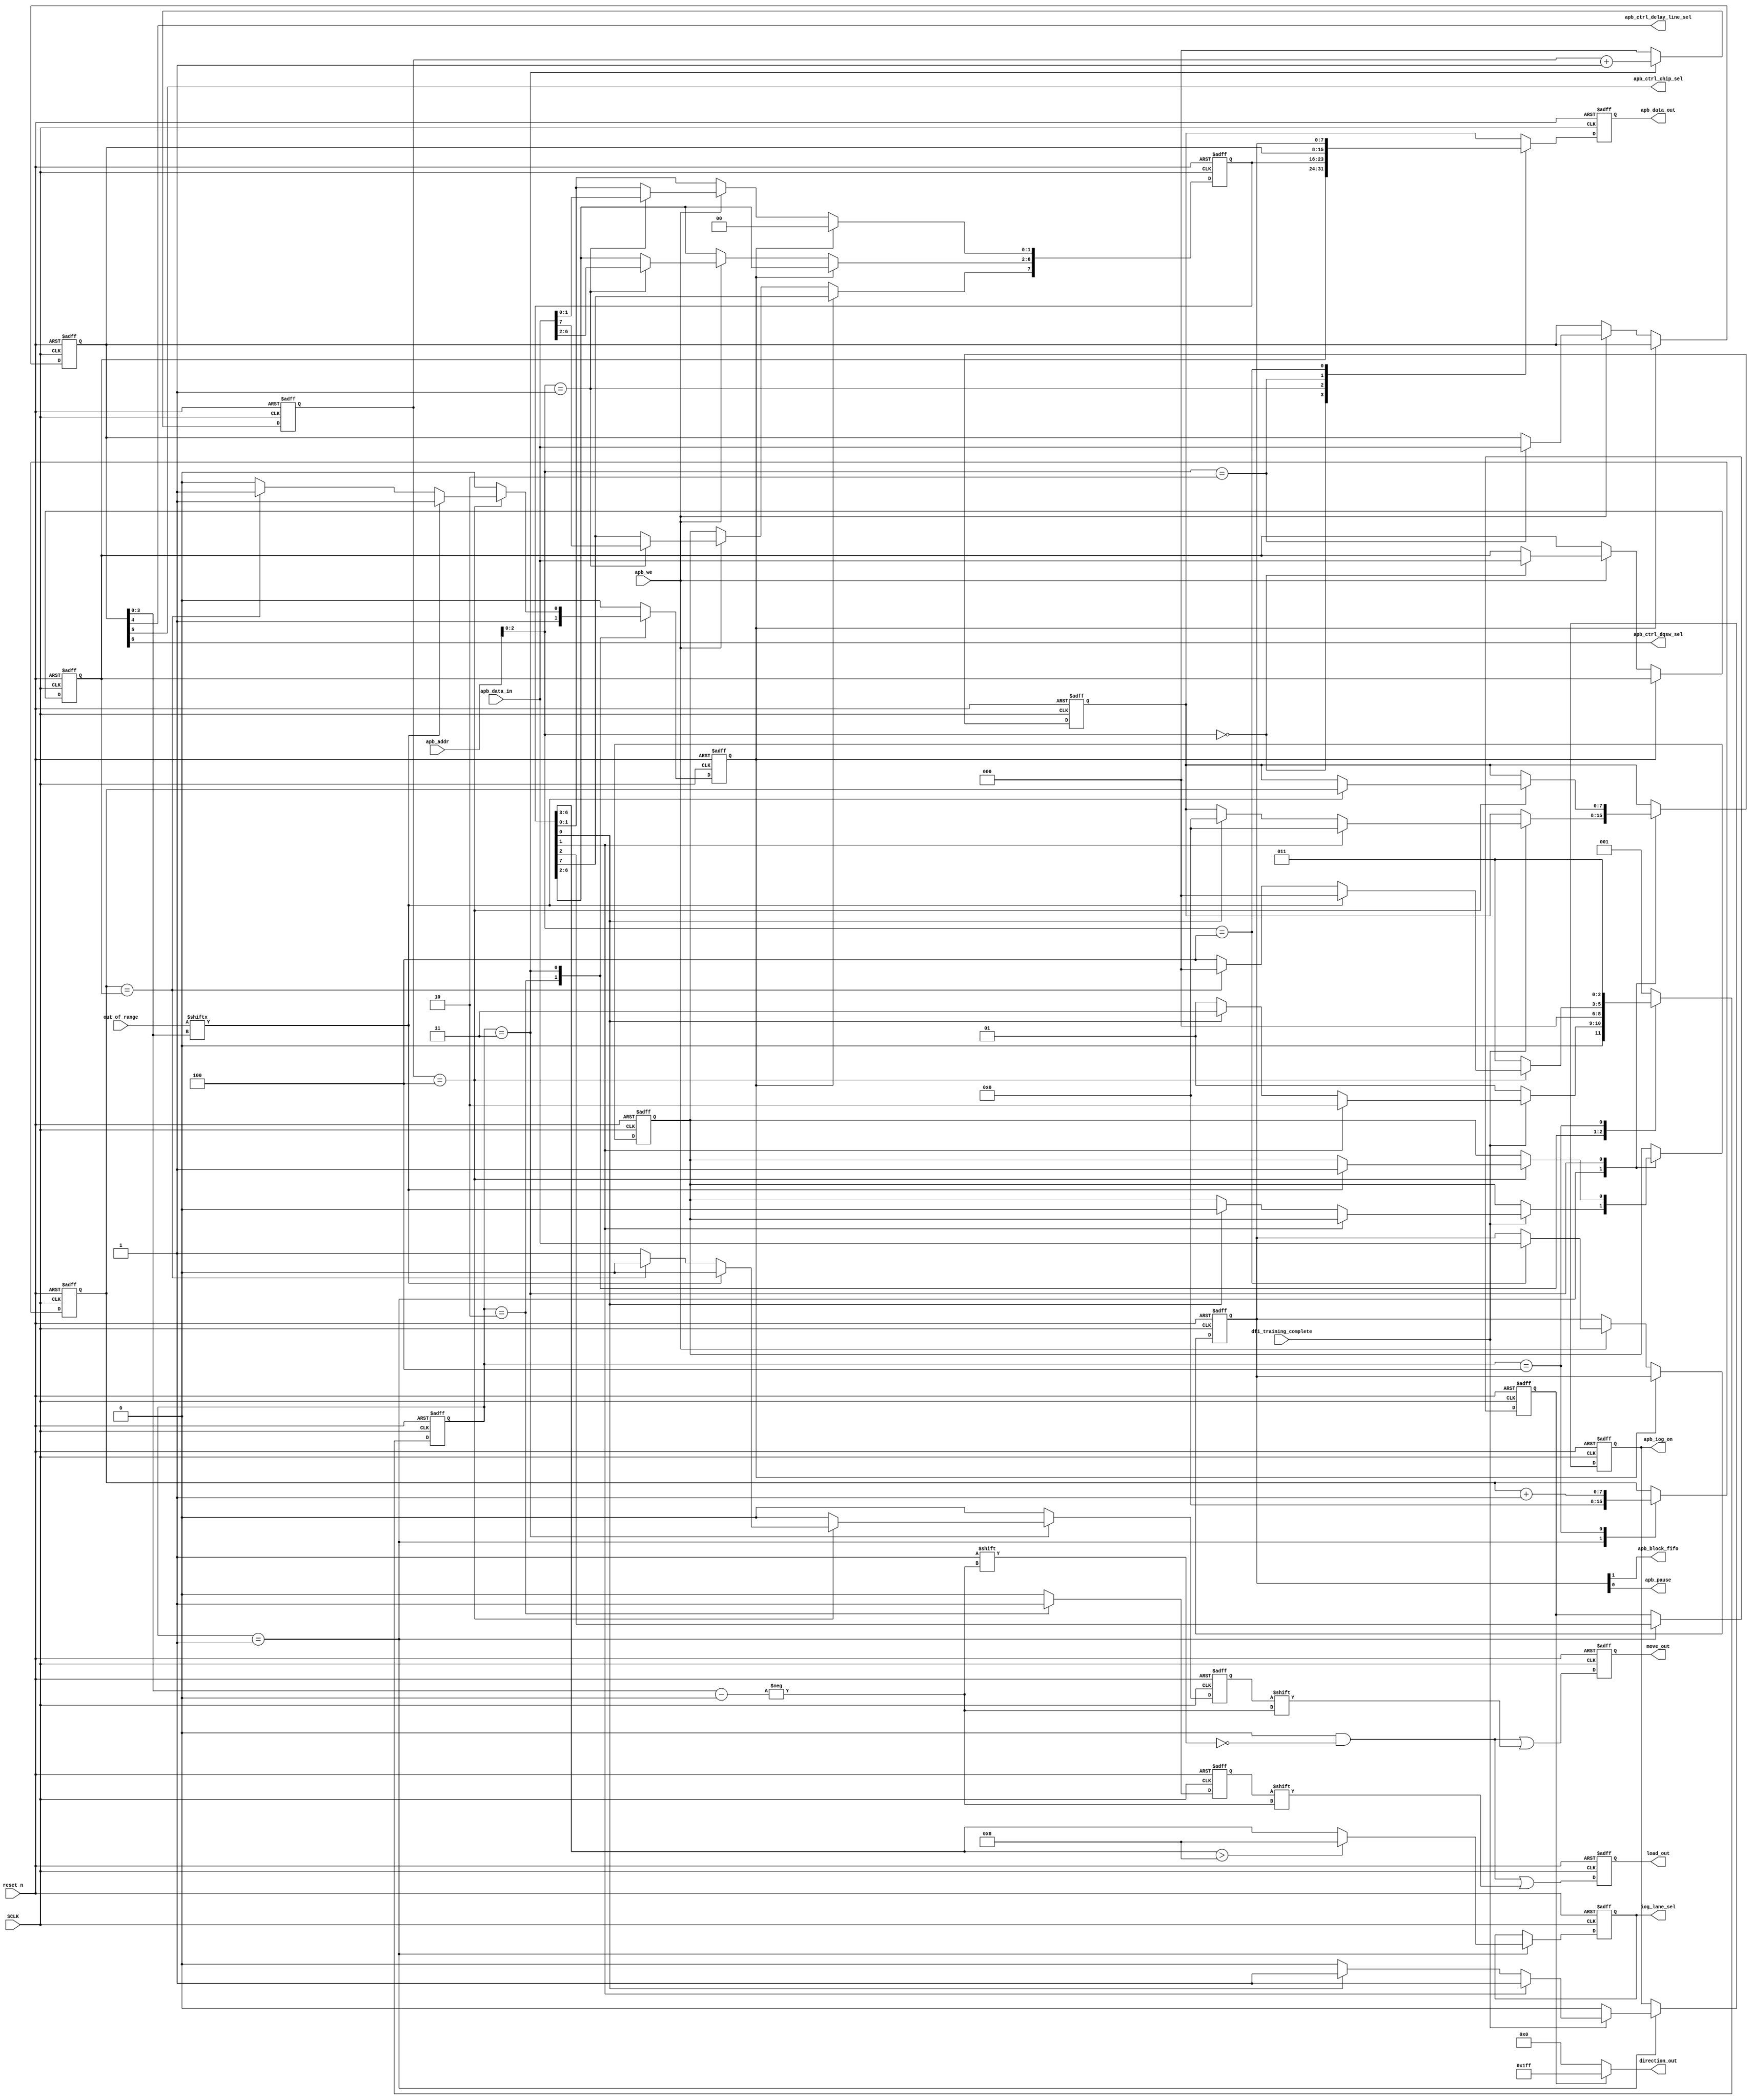
//--------------------------------------------------
//-- -----------------------------------------------------------------------------                                                                                                                                                                                        
//--    Crevinn Teoranta                                                                                                                                                                                 
//-- -----------------------------------------------------------------------------                                                                                                                                                                                        
//-- Author      : $Author stephenm                                    
//-- Date        : $Date: 2010-04-29 14:34:52 $                                                                                                                                                                                        
//-- Revision    : $Revision: 1.11 $                                                                                                                                                                                        
//-- Location    : $URL: $                                                                                                                                                                                        
//-- -----------------------------------------------------------------------------                                                                                                                                                                                        
//=======                                                  
//-- -----------------------------------------------------------------------------                                                                                                                                                                                         
//--    Crevinn Teoranta                                                                                                                                                                                  
//-- -----------------------------------------------------------------------------                                                                                                                                                                                         
//-- Author      : $Author:stephenm                                                              
//-- Date        : $Date: 2010-04-29 14:34:52 $                                                                                                                                                                                         
//-- Revision    : $Revision: 1.11 $                                                                                                                                                                                         
//-- Location    : $URL: $                                                                                                                                                                                         
//-- -----------------------------------------------------------------------------                                                                                                                                                                                         
//--------------------------------------------------


// AS: 5/10/17
//     TO-DO:
//     - Used line_select_reg between DQSW and DQSW270
//       => line_select_reg[6] : apb_ctrl_dqsw_sel (new signal)

 
module APB_IOG_CTRL_SM (
                        //  input ports
                        SCLK,
                        reset_n,
                        out_of_range,
                        apb_addr,
                        apb_we,
                        apb_data_in,
                        dfi_training_complete,
 
                        //  output ports
                        move_out,
                        direction_out,
                        load_out,
                        apb_data_out,
                        iog_lane_sel,
                        apb_iog_on,
                        apb_ctrl_delay_line_sel,
                        apb_ctrl_chip_sel,
                        apb_block_fifo,
                        apb_pause,
                        apb_ctrl_dqsw_sel
                        );
 
//  input ports
   input         SCLK;
   wire          SCLK;
   input         reset_n;
   wire          reset_n;
   input  [8:0]  out_of_range;
   wire   [8:0]  out_of_range;
   input  [15:0] apb_addr;
   wire   [15:0] apb_addr;
   input         apb_we;
   wire          apb_we;
   input  [7:0]  apb_data_in;
   wire   [7:0]  apb_data_in;
   input         dfi_training_complete;
   wire          dfi_training_complete;
//  output ports
   output [8:0]  move_out;
   reg    [8:0]  move_out;
   output [8:0]  direction_out;
   wire   [8:0]  direction_out;
   output [8:0]  load_out;
   reg    [8:0]  load_out;
   output [7:0]  apb_data_out;
   reg    [7:0]  apb_data_out;
   output [3:0]  iog_lane_sel;
   reg    [3:0]  iog_lane_sel;
   output        apb_iog_on;
   reg           apb_iog_on;
   output        apb_ctrl_delay_line_sel;
   wire          apb_ctrl_delay_line_sel;
   output        apb_ctrl_chip_sel;
   wire          apb_ctrl_chip_sel;
   output        apb_block_fifo;
   wire          apb_block_fifo;
   output        apb_pause;
   wire          apb_pause;
   output        apb_ctrl_dqsw_sel;
   wire          apb_ctrl_dqsw_sel;
//  local signals
   reg    [7:0]  delay_cnt;
   reg    [7:0]  delay_reg;
   reg    [7:0]  csr_reg;
   reg           oor_detected;
   reg           reset_wr_regs;
   wire          direction_r;
   wire          start_load;
   wire          start_delaying;
   wire   [3:0]  iog_lane_sel_r;
   reg    [7:0]  delay_at_oor_reg;
   reg    [7:0]  line_select_reg;
   reg           move;
   reg           load;
   reg           direction;
   wire   [3:0]  iog_dq_dqs_sel;
   reg    [2:0]  move_delay;
   reg    [7:0]  special_reg;
 
   parameter FINISH  = 3'b000,
             INITIAL = 3'b001,
             LOAD    = 3'b010,
             MOVE_HI = 3'b011,
             MOVE_LO = 3'b100;
 
 
   reg [2:0] visual_APB_IOG_CONTROLLER_current, visual_APB_IOG_CONTROLLER_next;
 
   reg    [3:0]  visual_iog_lane_sel_next;
   reg           visual_apb_iog_on_next;
   reg    [7:0]  visual_delay_cnt_next;
   reg           visual_oor_detected_next;
   reg           visual_reset_wr_regs_next;
   reg    [7:0]  visual_delay_at_oor_reg_next;
   reg           visual_move_next;
   reg           visual_load_next;
   reg           visual_direction_next;
   reg    [2:0]  visual_move_delay_next;
 
 
   // Combinational process
   always  @(delay_cnt or oor_detected or delay_at_oor_reg or direction or iog_lane_sel or apb_iog_on or direction_r or iog_lane_sel_r or dfi_training_complete or start_load or start_delaying or
             move_delay or out_of_range or iog_dq_dqs_sel or delay_reg or visual_APB_IOG_CONTROLLER_current)
   begin : APB_IOG_CONTROLLER_comb
      visual_reset_wr_regs_next <= 0;
      visual_move_next <= 0;
      visual_load_next <= 0;
      visual_move_delay_next <= 0;
      visual_delay_cnt_next <= delay_cnt;
      visual_oor_detected_next <= oor_detected;
      visual_delay_at_oor_reg_next <= delay_at_oor_reg;
      visual_direction_next <= direction;
      visual_iog_lane_sel_next <= iog_lane_sel;
      visual_apb_iog_on_next <= apb_iog_on;
 
 
 
      case (visual_APB_IOG_CONTROLLER_current)
         FINISH:
            begin
               visual_APB_IOG_CONTROLLER_next <= INITIAL;
            end
 
         INITIAL:
            begin
               visual_delay_cnt_next <= 0;
               visual_direction_next <= direction_r;
               visual_iog_lane_sel_next <= iog_lane_sel_r;
               visual_apb_iog_on_next <= 1'b0;
               if (dfi_training_complete == 1'b1)
               begin
                  if (start_load == 1'b1)
                  begin
                     visual_delay_at_oor_reg_next <= 0;
                     visual_apb_iog_on_next <= 1'b1;
                     visual_APB_IOG_CONTROLLER_next <= LOAD;
                  end
                  else if (start_delaying == 1'b1)
                  begin
                     visual_delay_at_oor_reg_next <= 0;
                     visual_apb_iog_on_next <= 1'b1;
                     visual_oor_detected_next <= 1'b0;
                     visual_APB_IOG_CONTROLLER_next <= MOVE_HI;
                  end
                  else
                  begin
                     visual_APB_IOG_CONTROLLER_next <= INITIAL;
                  end
               end
               else
               begin
                  visual_APB_IOG_CONTROLLER_next <= INITIAL;
               end
            end
 
         LOAD:
            begin
               visual_load_next <= 1'b1;
               visual_reset_wr_regs_next <= 1'b1;
               visual_APB_IOG_CONTROLLER_next <= FINISH;
            end
 
         MOVE_HI:
            begin
               visual_move_delay_next <= move_delay + 1;
               if (move_delay == 3'h4)
               begin
                  if (out_of_range[iog_dq_dqs_sel] == 1'b1)
                  begin
                     visual_oor_detected_next <= 1'b1;
                     visual_reset_wr_regs_next <= 1'b1;
                     visual_delay_at_oor_reg_next <= delay_cnt;
                     visual_APB_IOG_CONTROLLER_next <= FINISH;
                  end
                  else if (delay_cnt == delay_reg)
                  begin
                     visual_reset_wr_regs_next <= 1'b1;
                     visual_APB_IOG_CONTROLLER_next <= FINISH;
                  end
                  else
                  begin
                     visual_move_next <= 1'b1;
                     visual_APB_IOG_CONTROLLER_next <= MOVE_LO;
                  end
               end
               else
               begin
                  visual_APB_IOG_CONTROLLER_next <= MOVE_HI;
               end
            end
 
         MOVE_LO:
            begin
               visual_delay_cnt_next <= delay_cnt + 1'b1;
               visual_APB_IOG_CONTROLLER_next <= MOVE_HI;
            end
 
         default:
            begin
               visual_APB_IOG_CONTROLLER_next <= INITIAL;
            end
      endcase
   end
 
   always  @(posedge SCLK or negedge reset_n)
   begin : APB_IOG_CONTROLLER
 
      if (reset_n == 1'b0)
      begin
         reset_wr_regs <= 0;
         load <= 0;
         move_delay <= 0;
         delay_cnt <= 0;
         move <= 0;
         direction <= 0;
         delay_at_oor_reg <= 0;
         oor_detected <= 1'b0;
         apb_iog_on <= 0;  // signal to say state machine is active
         // ie so that IOG_IG knows to MUX our sm signals in
         visual_APB_IOG_CONTROLLER_current <= INITIAL;
         iog_lane_sel <= 0;
      end
      else
      begin
         iog_lane_sel <= visual_iog_lane_sel_next;
         apb_iog_on <= visual_apb_iog_on_next;
         delay_cnt <= visual_delay_cnt_next;
         oor_detected <= visual_oor_detected_next;
         reset_wr_regs <= visual_reset_wr_regs_next;
         delay_at_oor_reg <= visual_delay_at_oor_reg_next;
         move <= visual_move_next;
         load <= visual_load_next;
         direction <= visual_direction_next;
         move_delay <= visual_move_delay_next;
         visual_APB_IOG_CONTROLLER_current <= visual_APB_IOG_CONTROLLER_next;
      end
   end
 
 
 
   always
      @( posedge SCLK or negedge reset_n )
   begin   :APB_Write
 
      if (reset_n == 1'b0)
      begin
         delay_reg <= 8'h0;
         csr_reg <= 8'h0;
         line_select_reg <= 8'h0;
         special_reg <= 8'h0;
      end
      else
      begin
         if (reset_wr_regs == 1'b1)
         begin
            delay_reg <= delay_reg;
            csr_reg[7:2] <= csr_reg[7:2];
            csr_reg[1:0] <= 2'b00;
            line_select_reg <= line_select_reg;
         end
         else
         begin
            if (apb_we == 1'b1)
            begin
               case (apb_addr[2:0])
 
                  3'b000 :
                     begin
                        delay_reg <= apb_data_in;
                        csr_reg <= csr_reg;
                        line_select_reg <= line_select_reg;
                     end
 
                  3'b001 :
                     begin
                        delay_reg <= delay_reg;
                        csr_reg <= apb_data_in;
                        line_select_reg <= line_select_reg;
                     end
 
                  3'b010 :
                     begin
                        delay_reg <= delay_reg;
                        csr_reg <= csr_reg;
                        line_select_reg <= apb_data_in;
                     end
 
                  3'b100 :
                     begin
                        special_reg <= apb_data_in;
                     end
 
                  default  :
                     begin
                        delay_reg <= delay_reg;
                        csr_reg <= csr_reg;
                        line_select_reg <= line_select_reg;
                     end
               endcase
            end
            else
            begin
               delay_reg <= delay_reg;
               csr_reg[6:0] <= csr_reg[6:0];
               csr_reg[7] <= oor_detected;
               line_select_reg <= line_select_reg;
            end
         end
      end
   end
 
 
 
   always
      @( posedge SCLK or negedge reset_n )
   begin   :APB_Read
 
      if (reset_n == 1'b0)
      begin
         apb_data_out <= 8'h0;
      end
      else
      begin
         case (apb_addr[2:0])
 
            3'b000 :
               begin
                  apb_data_out <= delay_reg;
               end
 
            3'b001 :
               begin
                  apb_data_out <= csr_reg;
               end
 
            3'b010 :
               begin
                  apb_data_out <= line_select_reg;
               end
 
            3'b011 :
               begin
                  apb_data_out <= delay_at_oor_reg;
               end
 
            3'b100 :
               begin
                  apb_data_out <= special_reg;
               end
 
            default  :
               begin
                  apb_data_out <= delay_at_oor_reg;
               end
         endcase
      end
   end
 
 
 
   always
      @( posedge SCLK or negedge reset_n )
   begin   :Move_Load
 
      if (reset_n == 1'b0)
      begin
         move_out <= 9'h0;
         load_out <= 9'h0;
      end
      else
      begin
         move_out <= 9'h0;
         load_out <= 9'h0;
         move_out[iog_dq_dqs_sel] <= move;
         load_out[iog_dq_dqs_sel] <= load;
      end
   end
 
   assign start_delaying = csr_reg[0];
   assign start_load = csr_reg[1];
   assign direction_r = csr_reg[2];
   assign iog_lane_sel_r = (csr_reg[6:3] > 4'h8) ? 4'h8 : csr_reg[6:3];
   assign iog_dq_dqs_sel = line_select_reg[3:0];
   assign apb_ctrl_delay_line_sel = line_select_reg[4];
   assign apb_ctrl_chip_sel = line_select_reg[5];
   assign apb_ctrl_dqsw_sel = line_select_reg[6];
   assign direction_out = direction ? 9'h1FF : 9'h0;
 
   //special_reg signals
   assign apb_pause = special_reg[0];
   assign apb_block_fifo = special_reg[1];
 
 
endmodule